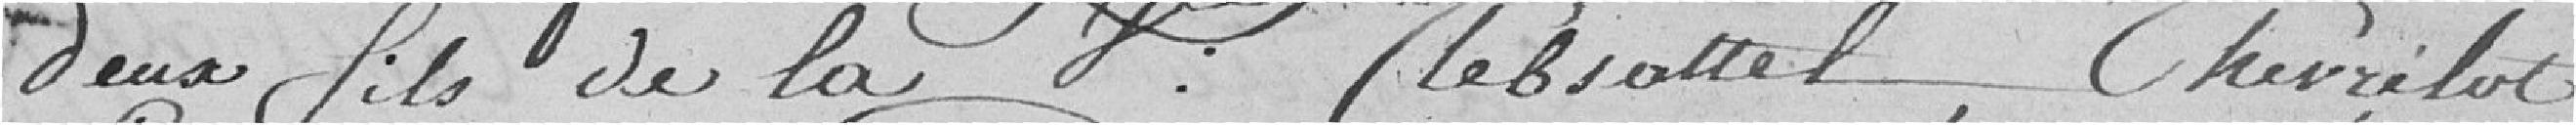
deux fils de la Veuve Clebsattel, Chevrelot